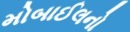
મોબાઈલનો